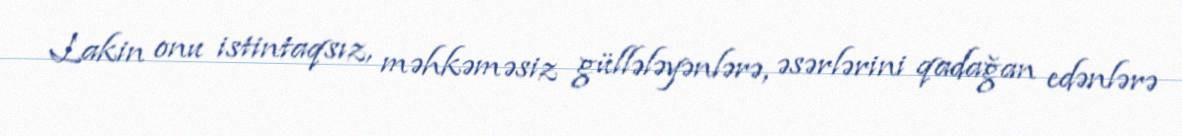
Lakin onu istintaqsız, məhkəməsiz güllələyənlərə, əsərlərini qadağan edənlərə